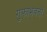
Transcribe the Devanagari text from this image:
गुफाभवनों